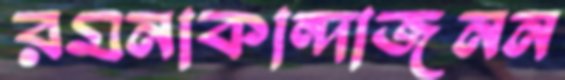
রমনাকান্দাজনন